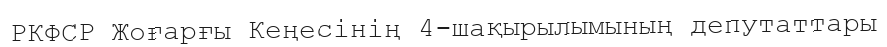
РКФСР Жоғарғы Кеңесінің 4-шақырылымының депутаттары